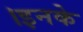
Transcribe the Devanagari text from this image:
।इनके